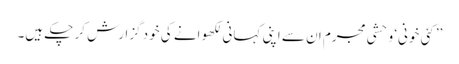
’’کئی خونی‘ وحشی مجرم ان سے اپنی کہانی لکھوانے کی خود گزارش کر چکے ہیں۔